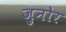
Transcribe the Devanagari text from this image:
जुनोर